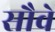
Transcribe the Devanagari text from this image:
सौवे